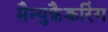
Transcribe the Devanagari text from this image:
मैन्युफ़ैक्चरिंग